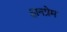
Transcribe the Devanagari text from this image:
ज्ञानप्रेम